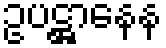
ဥပဋ္ဌာနေန